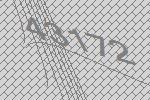
43172